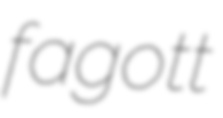
fagott